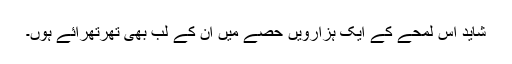
شاید اس لمحے کے ایک ہزارویں حصے میں ان کے لب بھی تھرتھرائے ہوں۔